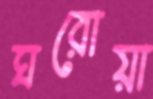
ঘরোয়া